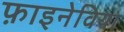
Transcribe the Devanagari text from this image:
फ़ाइनेविया